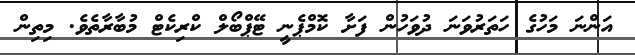
އަންނަ މަހުގެ ހަތަރުވަނަ ދުވަހުން ފަށާ ކޮމްޕެނީ ޓޭޕްބޯލް ކްރިކެޓް މުބާރާތެވެ. މިތިން